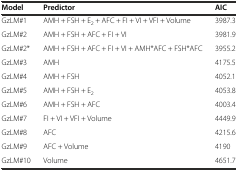
<table><thead><tr><td><b>Model</b></td><td><b>Predictor</b></td><td><b>AIC</b></td></tr></thead><tbody><tr><td>GzLM#1</td><td>AMH + FSH + E<sub>2</sub> + AFC + FI + VI + VFI + Volume</td><td>3987.3</td></tr><tr><td>GzLM#2</td><td>AMH + FSH + AFC + FI + VI</td><td>3981.9</td></tr><tr><td>GzLM#2*</td><td>AMH + FSH + AFC + FI + VI + AMH*AFC + FSH*AFC</td><td>3955.2</td></tr><tr><td>GzLM#3</td><td>AMH</td><td>4175.5</td></tr><tr><td>GzLM#4</td><td>AMH + FSH</td><td>4052.1</td></tr><tr><td>GzLM#5</td><td>AMH + FSH + E<sub>2</sub></td><td>4053.8</td></tr><tr><td>GzLM#6</td><td>AMH + FSH + AFC</td><td>4003.4</td></tr><tr><td>GzLM#7</td><td>FI + VI + VFI + Volume</td><td>4449.9</td></tr><tr><td>GzLM#8</td><td>AFC</td><td>4215.6</td></tr><tr><td>GzLM#9</td><td>AFC + Volume</td><td>4190</td></tr><tr><td>GzLM#10</td><td>Volume</td><td>4651.7</td></tr></tbody></table>